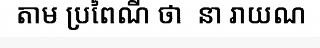
តាម ប្រពៃណី ថា  នា រាយណ